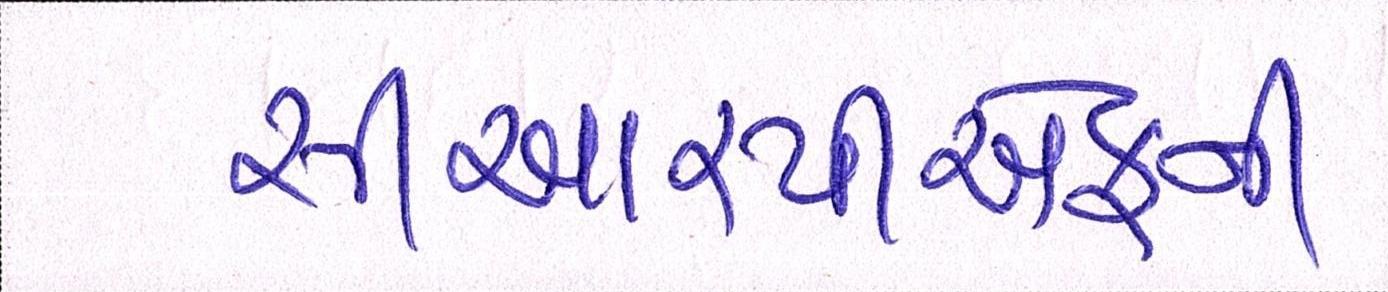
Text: સીઆરપીએફની